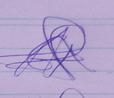
Signature authenticity: genuine